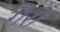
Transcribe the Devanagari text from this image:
गैरो